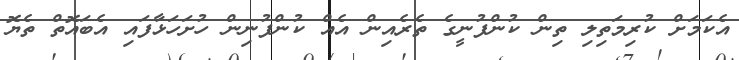
އެކަމަށް ކުރިމަތިލި ތިން ކުންފުނީގެ ތެރެއިން އެއް ކުންފުނިން ހުށަހަޅާފައި އެބައޮތް ތެޔޮ